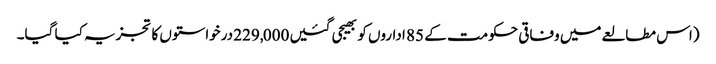
(اس مطالعے میں وفاقی حکومت کے 85 اداروں کو بھیجی گئیں 229,000 درخواستوں کا تجزیہ کیا گیا۔